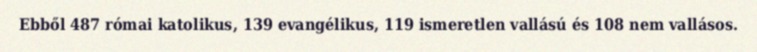
Ebből 487 római katolikus, 139 evangélikus, 119 ismeretlen vallású és 108 nem vallásos.